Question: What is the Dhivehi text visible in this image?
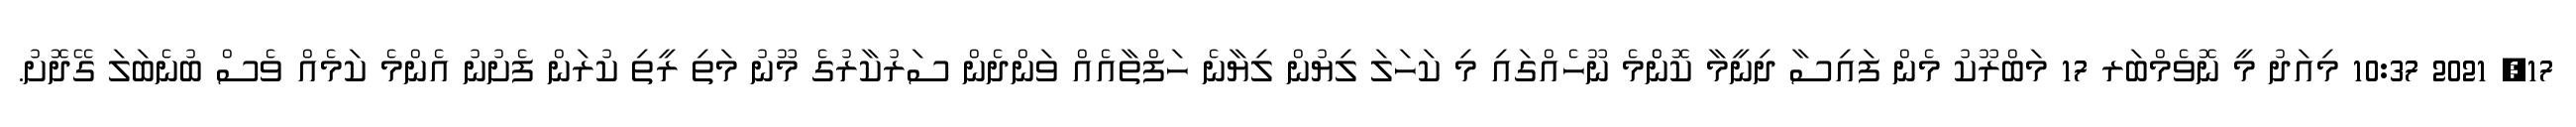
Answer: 17, 2021 10:37 މިއަދު މީ ނޮވެމްބަރ 17 މަބްރޫކު މެން ފައިސާ ދިނީމާ ކޮންެމެ ނޫހެއްގައި މި ކަހަލަ ލިޔުން ލިޔާނެ ހަފްތާއެއް ވަންދެން ސަރުކާރުގެ މޫނު މަތި ރީތި ކުރަން ފެށުނު އެންމެ ކަމެއް ވެސް ބުނެބަލަ ގޭދޮށު.